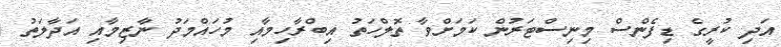
އަދި ކުރީގެ ޑިފެންސް މިނިސްޓަރުން ކަމަށްވާ ތޮލްހަތު އިބްރާހިމާއި މުހައްމަދު ނާޒިމާއި އަދާލަތު